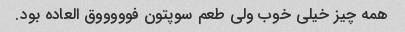
همه چیز خیلی خوب ولی طعم سوپتون فوووووق العاده بود.